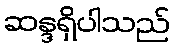
ဆန္ဒရှိပါသည်